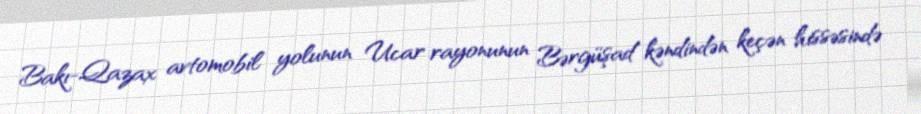
Bakı-Qazax avtomobil yolunun Ucar rayonunun Bərgüşad kəndindən keçən hissəsində